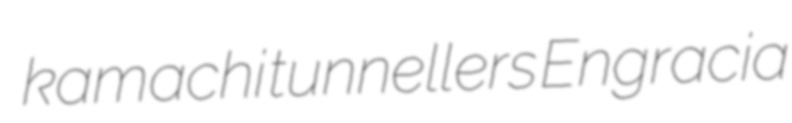
kamachi tunnellers Engracia